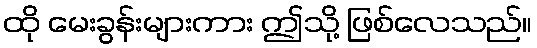
ထို မေးခွန်းများကား ဤသို့ ဖြစ်လေသည်။